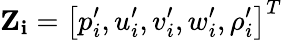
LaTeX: \mathbf{Z_{i}}=\left[p_{i}^{\prime},u_{i}^{\prime},v_{i}^{\prime},w_{i}^{\prime},\rho_{i}^{\prime}\right]^{T}